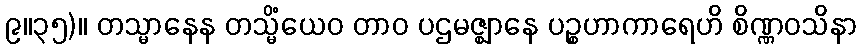
၉။၃၅)။ တသ္မာနေန တသ္မိံယေဝ တာဝ ပဌမဇ္ဈာနေ ပဉ္စဟာကာရေဟိ စိဏ္ဏဝသိနာ